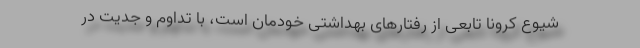
شیوع کرونا تابعی از رفتارهای بهداشتی خودمان است، با تداوم و جدیت در